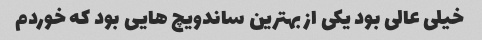
خیلی عالی بود یکی از بهترین ساندویچ هایی بود که خوردم